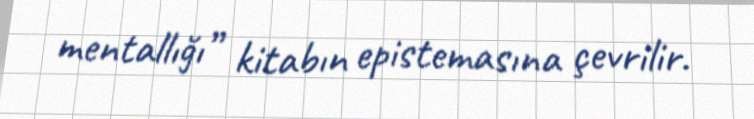
mentallığı” kitabın epistemasına çevrilir.